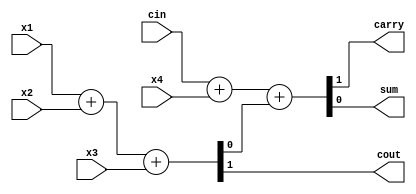
module cprs_4_2_fa(
input x1,
input x2,
input x3,
input x4,
input cin,
output cout,
output carry,
output sum
);

wire s;

assign {cout,s} = x1 + x2 + x3;
assign {carry,sum} = cin + x4 + s;

endmodule